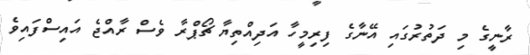
ރާނީގެ މި ދަތުރުގައި އޭނާގެ ފިރިމީހާ އަދިއްތިޔާ ޗޯޕްރާ ވެސް ރާއްޖެ އައިސްފައިވެ